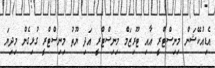
އެޑިއުކޭޝަން މިނިސްޓްރީ އާއި ޓޫރިޒަމް މިނިސްޓްރީ އަދި ޔޫތު މިނިސްޓްރީ ގުޅިގެން މިދިޔަ